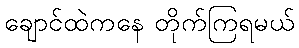
ချောင်ထဲကနေ တိုက်ကြရမယ်